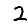
Digit: 2